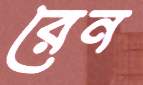
রেন